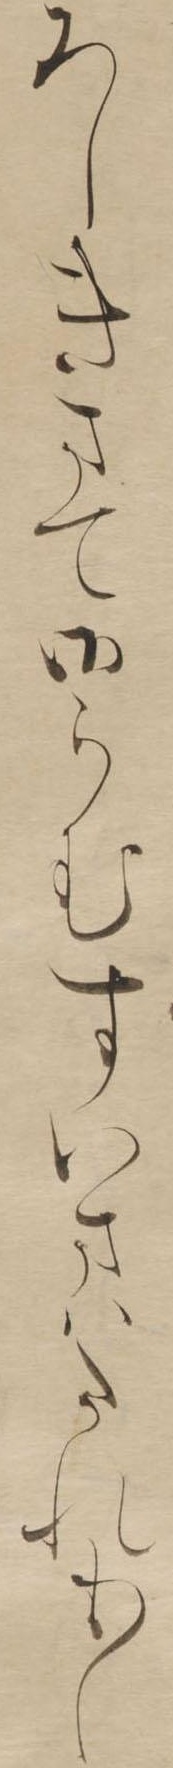
ろしきまて御らむすいまはたれも〱